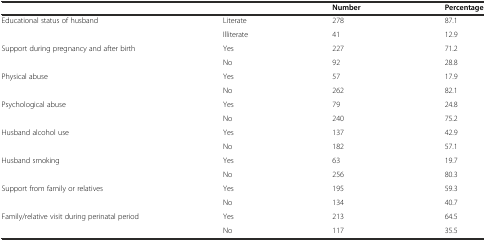
<table><thead><tr><td></td><td></td><td><b>Number</b></td><td><b>Percentage</b></td></tr></thead><tbody><tr><td rowspan="2">Educational status of husband</td><td>Literate</td><td>278</td><td>87.1</td></tr><tr><td>Illiterate</td><td>41</td><td>12.9</td></tr><tr><td rowspan="2">Support during pregnancy and after birth</td><td>Yes</td><td>227</td><td>71.2</td></tr><tr><td>No</td><td>92</td><td>28.8</td></tr><tr><td rowspan="2">Physical abuse</td><td>Yes</td><td>57</td><td>17.9</td></tr><tr><td>No</td><td>262</td><td>82.1</td></tr><tr><td>Psychological abuse</td><td>Yes</td><td>79</td><td>24.8</td></tr><tr><td></td><td>No</td><td>240</td><td>75.2</td></tr><tr><td rowspan="2">Husband alcohol use</td><td>Yes</td><td>137</td><td>42.9</td></tr><tr><td>No</td><td>182</td><td>57.1</td></tr><tr><td rowspan="2">Husband smoking</td><td>Yes</td><td>63</td><td>19.7</td></tr><tr><td>No</td><td>256</td><td>80.3</td></tr><tr><td rowspan="2">Support from family or relatives</td><td>Yes</td><td>195</td><td>59.3</td></tr><tr><td>No</td><td>134</td><td>40.7</td></tr><tr><td rowspan="2">Family/relative visit during perinatal period</td><td>Yes</td><td>213</td><td>64.5</td></tr><tr><td>No</td><td>117</td><td>35.5</td></tr></tbody></table>